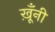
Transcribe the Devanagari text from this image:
ख़ूँनी